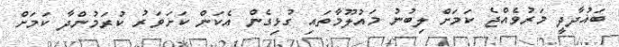
ބަޣުދާދީ މަރުވެއްޖެ ކަމަށް ލިބުނު މައުލޫމާތައި ގުޅިގެން އެކަން ކަށަވަރު ކުރަމުންދާ ކަމަށް